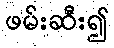
ဖမ်းဆီး၍